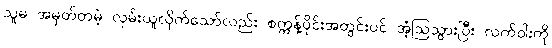
သူမ အမှတ်တမဲ့ လှမ်းယူလိုက်သော်လည်း စက္ကန့်ပိုင်းအတွင်းပင် အံ့ဩသွားပြီး လက်ဝါးကို